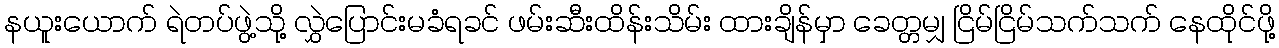
နယူးယောက် ရဲတပ်ဖွဲ့သို့ လွှဲပြောင်းမခံရခင် ဖမ်းဆီးထိန်းသိမ်း ထားချိန်မှာ ခေတ္တမျှ ငြိမ်ငြိမ်သက်သက် နေထိုင်ဖို့